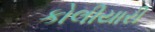
કોલીયારી